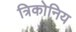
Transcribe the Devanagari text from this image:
त्रिकोनिय